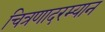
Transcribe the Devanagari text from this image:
चित्रणादरम्यान